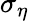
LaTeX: \sigma_{\eta}